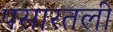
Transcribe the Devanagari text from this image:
पसारतली